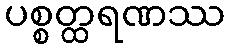
ပစ္စတ္ထရဏဿ